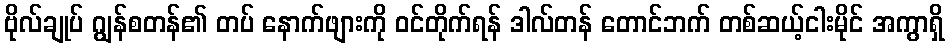
ဗိုလ်ချုပ် ဂျွန်စတန်၏ တပ် နောက်ဖျားကို ဝင်တိုက်ရန် ဒါလ်တန် တောင်ဘက် တစ်ဆယ့်ငါးမိုင် အကွာရှိ